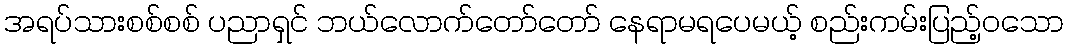
အရပ်သားစစ်စစ် ပညာရှင် ဘယ်လောက်တော်တော် နေရာမရပေမယ့် စည်းကမ်းပြည့်ဝသော